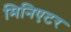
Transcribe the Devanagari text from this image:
मिनिएटर